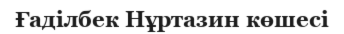
Ғаділбек Нұртазин көшесі